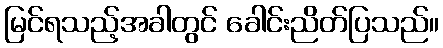
မြင်ရသည့်အခါတွင် ခေါင်းညိတ်ပြသည်။